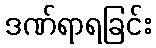
ဒဏ်ရာရခြင်း